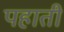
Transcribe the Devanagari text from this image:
पहाती